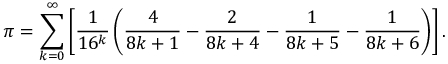
\pi = \sum _ { k = 0 } ^ { \infty } \left[ { \frac { 1 } { 1 6 ^ { k } } } \left( { \frac { 4 } { 8 k + 1 } } - { \frac { 2 } { 8 k + 4 } } - { \frac { 1 } { 8 k + 5 } } - { \frac { 1 } { 8 k + 6 } } \right) \right] .